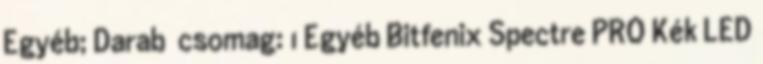
Egyéb; Darab csomag: 1 Egyéb Bitfenix Spectre PRO Kék LED